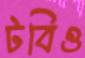
টবিও